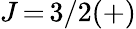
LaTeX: J\, {=}\, 3/2(+)